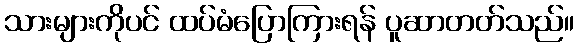
သားများကိုပင် ထပ်မံပြောကြားရန် ပူဆာတတ်သည်။